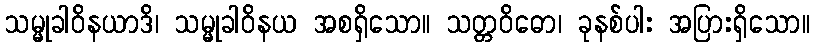
သမ္မုခါဝိနယာဒိ၊ သမ္မုခါဝိနယ အစရှိသော။ သတ္တဝိဓော၊ ခုနစ်ပါး အပြားရှိသော။